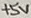
Text: +5V